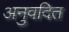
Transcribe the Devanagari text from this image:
अनुवदित